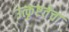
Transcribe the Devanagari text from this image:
उत्कृष्टतेचा